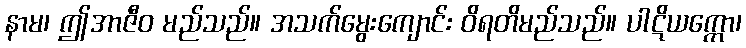
နာမ၊ ဤအာဇီဝ မည်သည်။ အသက်မွေးကျောင်း ဝိရတိမည်သည်။ ပါဋိယက္ကော၊